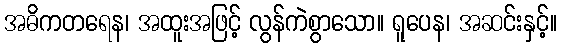
အဓိကတရေန၊ အထူးအဖြင့် လွန်ကဲစွာသော။ ရူပေန၊ အဆင်းနှင့်။